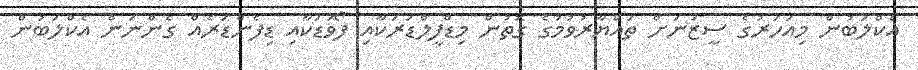
އެކްލަބުން މިއަހަރުގެ ސީޒަނަށް ތައްޔާރުވުމުގެ ގޮތުން މިޑްފީލްޑަރަކާއި ފޯވަޑަކާއި ޑިފެންޑަރެއް ގެންނަން އެކްލަބުން